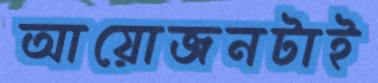
আয়োজনটাই